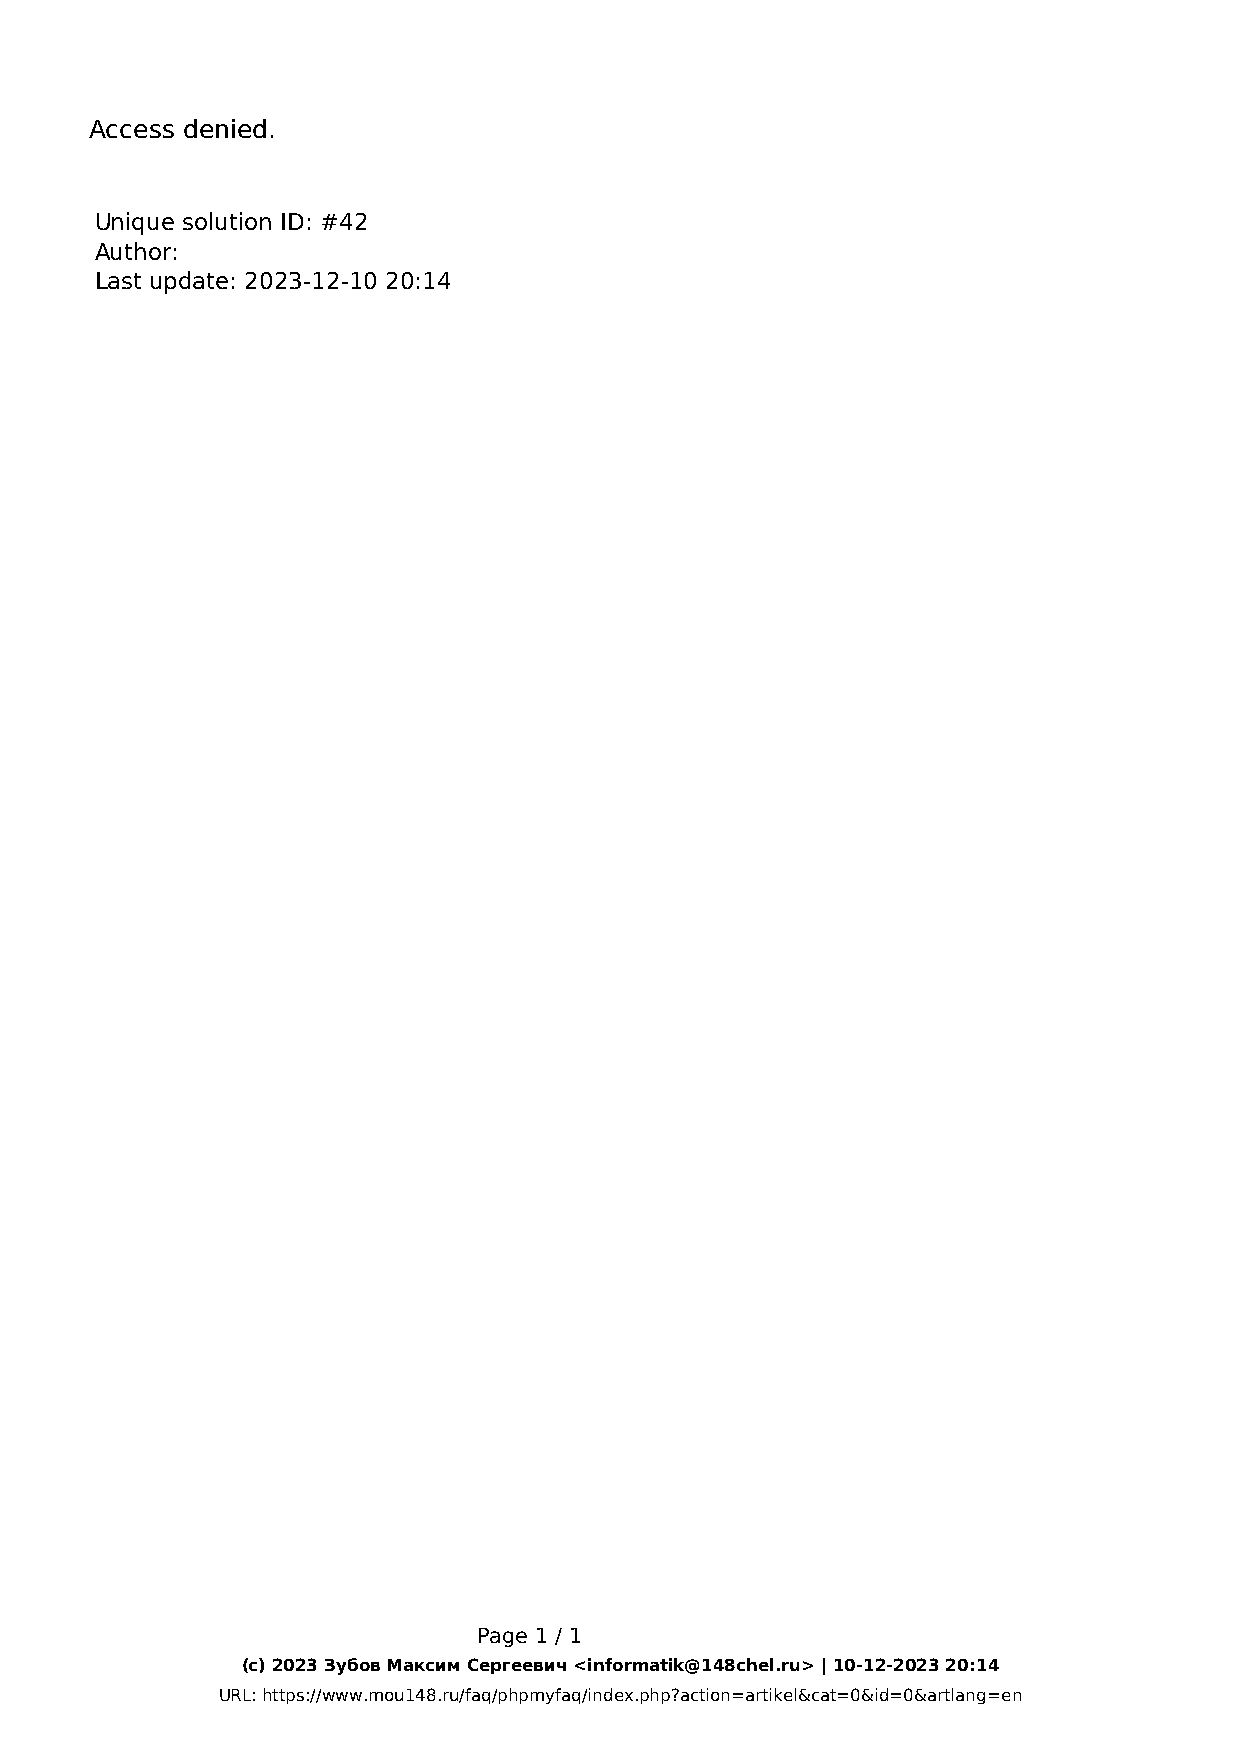
Access denied.
 Unique solution ID: #42
 Author:
 Last update: 2023-12-10 20:14
 Page 1 / 1
 (c) 2023 Зубов Максим Сергеевич <informatik@148chel.ru> | 10-12-2023 20:14
 URL: https://www.mou148.ru/faq/phpmyfaq/index.php?action=artikel&cat=0&id=0&artlang=en
 Powered by TCPDF (www.tcpdf.org)